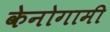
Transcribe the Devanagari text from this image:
केनोगामी